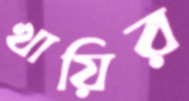
খায়ির